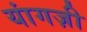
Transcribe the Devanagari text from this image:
यांगज़ी